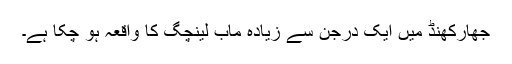
جھارکھنڈ میں ایک درجن سے زیادہ ماب لینچگ کا واقعہ ہو چکا ہے۔